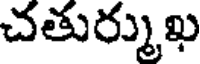
చతుర్ముఖ